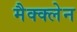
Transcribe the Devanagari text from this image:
मैक्क्लेन